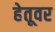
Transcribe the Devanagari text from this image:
हेतूवर